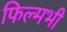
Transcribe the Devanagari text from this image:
फिल्मभी